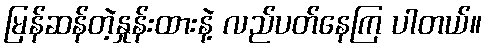
မြန်ဆန်တဲ့နှုန်းထားနဲ့ လည်ပတ်နေကြ ပါတယ်။